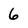
Character: 6